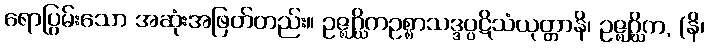
ရောပြွမ်းသော အဆုံးအဖြတ်တည်း။ ဥဇ္ဈဂ္ဃိကဥစ္စာသဒ္ဒပ္ပဋိသံယုတ္တာနိ၊ ဥဇ္ဈဂ္ဃိက, (နိ၊